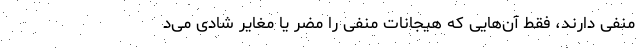
منفی دارند، فقط آن‌هایی که هیجانات منفی را مضر یا مغایر شادی می‌د